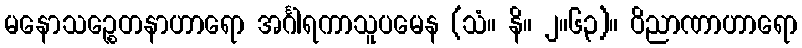
မနောသဉ္စေတနာဟာရော အင်္ဂါရကာသူပမေန (သံ။ နိ။ ၂။၆၃)။ ဝိညာဏာဟာရော